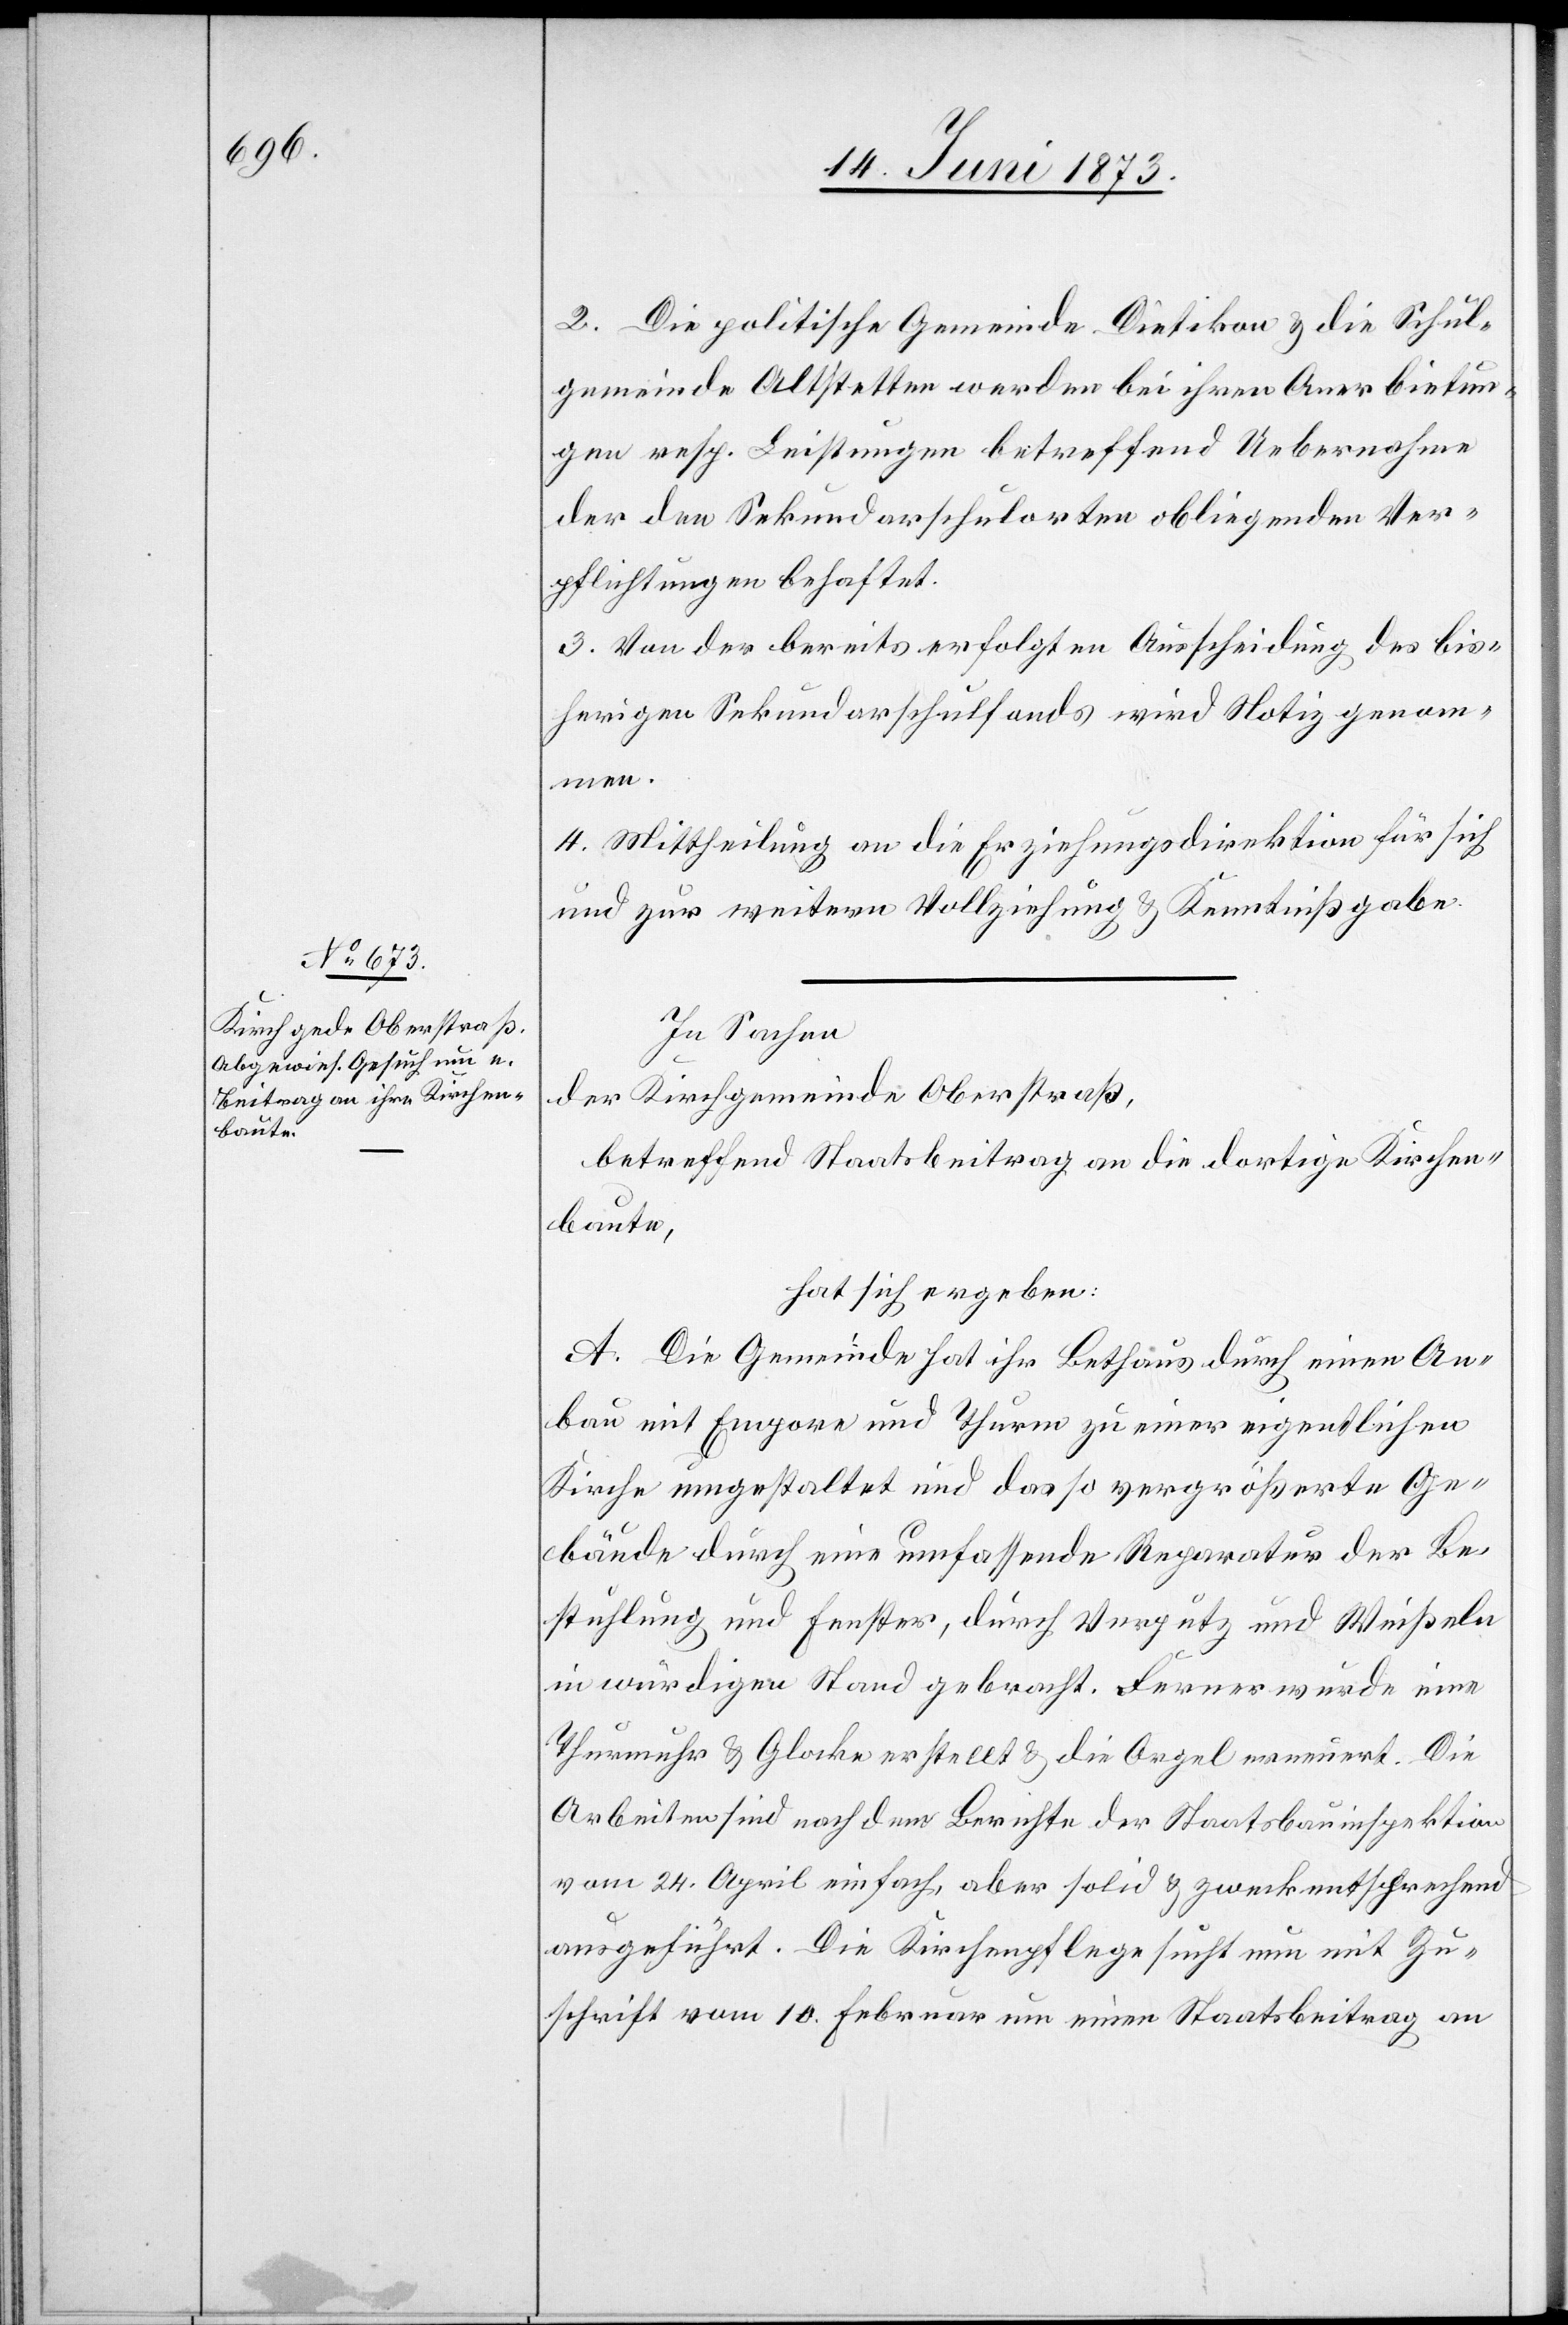
2. Die politische Gemeinde Dietikon & die Schul¬
gemeinde Altstetten werden bei ihren Anerbietun¬
gen resp. Leistungen betreffend Uebernahme
der den Sekundarschulorten obliegenden Ver¬
pflichtungen behaftet.
3. Von der bereits erfolgten Ausscheidung des bis¬
herigen Sekundarschulfonds wird Notiz genom¬
men.
4. Mittheilung an die Erziehungsdirektion für sich
und zur weitern Vollziehung & Kenntnißgabe.
In Sachen
der Kirchgemeinde Oberstraß,
betreffend Staatsbeitrag an die dortige Kirchen¬
baute,
hat sich ergeben:
A. Die Gemeinde hat ihr Bethaus durch einen An¬
bau mit Empore und Thurm zu einer eigentlichen
Kirche umgestaltet und das so vergrößerte Ge¬
bäude durch eine umfassende Reparatur der Be¬
stuhlung und Fenster, durch Verputz und Weißeln
in würdigen Stand gebracht. Ferner wurde eine
Thurmuhr & Glocke erstellt & die Orgel erneuert. Die
Arbeiten sind nach dem Berichte der Staatsbauinspektion
vom 24. April einfach, aber solid & zweckentsprechend
ausgeführt. Die Kirchenpflege sucht nun mit Zu¬
schrift vom 10. Februar um einen Staatsbeitrag an